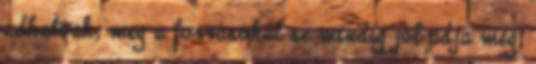
adhatóak, meg a forrásokat se mindig jól adja meg,